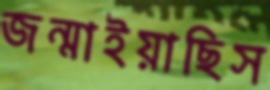
জন্মাইয়াছিস